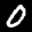
Digit: 0